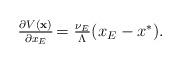
LaTeX: \begin{align*} \left. \begin{array}{l l}\frac{\partial V(\textbf{x})}{\partial x_E} \!\!\!\!&= \frac{\nu_E }{\Lambda} (x_E-x^*).\end{array} \right. \end{align*}